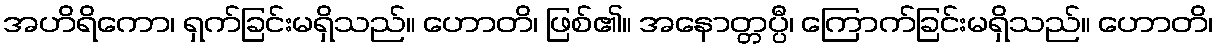
အဟိရိကော၊ ရှက်ခြင်းမရှိသည်။ ဟောတိ၊ ဖြစ်၏။ အနောတ္တပ္ပီ၊ ကြောက်ခြင်းမရှိသည်။ ဟောတိ၊